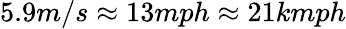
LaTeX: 5.9m/s\approx 13mph\approx 21kmph